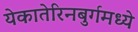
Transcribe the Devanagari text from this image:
येकातेरिनबुर्गमध्ये